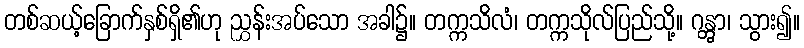
တစ်ဆယ့်ခြောက်နှစ်ရှိ၏ဟု ညွှန်းအပ်သော အခါ၌။ တက္ကသိလံ၊ တက္ကသိုလ်ပြည်သို့။ ဂန္တွာ၊ သွား၍။